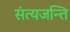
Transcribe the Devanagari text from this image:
संत्यजन्ति